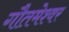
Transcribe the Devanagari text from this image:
गौतमेश्वर